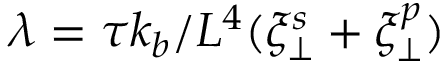
\lambda = \tau k _ { b } / L ^ { 4 } ( \xi _ { \perp } ^ { s } + \xi _ { \perp } ^ { p } )